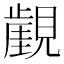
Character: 𧢏